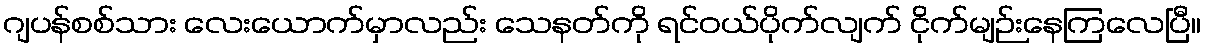
ဂျပန်စစ်သား လေးယောက်မှာလည်း သေနတ်ကို ရင်ဝယ်ပိုက်လျက် ငိုက်မျဉ်းနေကြလေပြီ။